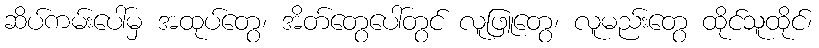
ဆိပ်ကမ်းပေါ်မှ အထုပ်တွေ၊ အိတ်တွေပေါ်တွင် လူဖြူတွေ၊ လူမည်းတွေ ထိုင်သူထိုင်၊